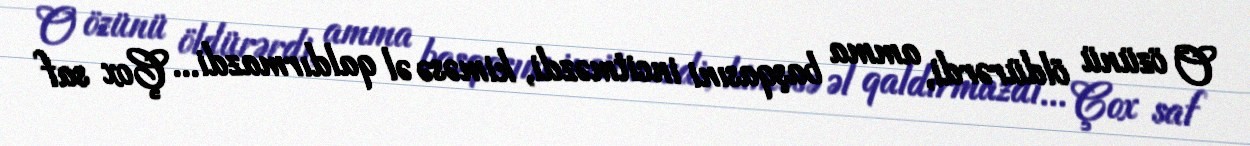
O özünü öldürərdi, amma başqasıni incitməzdi, kiməsə əl qaldırmazdi... Çox saf